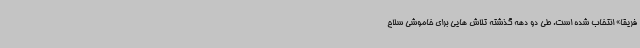
فریقا» انتخاب شده است. طی دو دهه گذشته تلاش هایی برای خاموشی سلاح